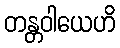
တန္တဝါယေဟိ